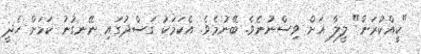
"ކީއްކުރަން" ލީލާ އަށް ވިސްނުނެވެ. ބޭނުމެވެ. އެކަމަކު ގަސްދުގައި ނޭނގުނު ކަމަށް ހެދީ